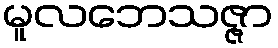
မူလဘေသဇ္ဇာ